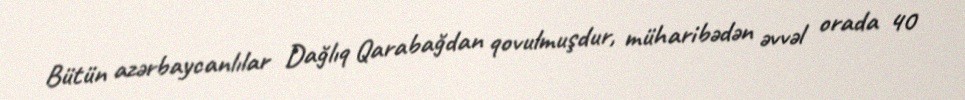
Bütün azərbaycanlılar Dağlıq Qarabağdan qovulmuşdur, müharibədən əvvəl orada 40